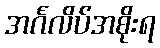
အင်္ဂလိပ်အစိုးရ